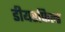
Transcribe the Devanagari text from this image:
डीयरफिल्ड